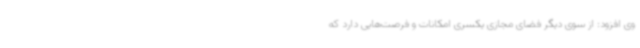
وی افزود: از سوی دیگر فضای مجازی یکسری امکانات و فرصت‌هایی دارد که